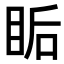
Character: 𥅠